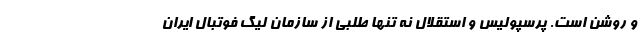
و روشن است. پرسپولیس و استقلال نه تنها طلبی از سازمان لیگ فوتبال ایران